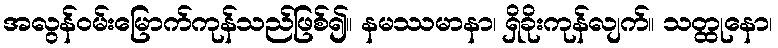
အလွန်ဝမ်းမြောက်ကုန်သည်ဖြစ်၍။ နမဿမာနာ၊ ရှိခိုးကုန်လျက်။ သတ္ထုနော၊